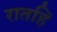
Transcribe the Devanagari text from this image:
रातहिं